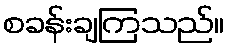
စခန်းချကြသည်။